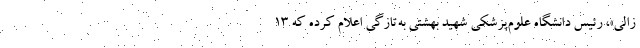
زالی»، رئیس دانشگاه علوم‌پزشکی شهید بهشتی به‌تازگی اعلام کرده که ۱۳